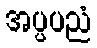
အပ္ပပညံ